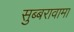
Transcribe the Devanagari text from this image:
सुब्बरावामा